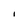
Character: I